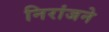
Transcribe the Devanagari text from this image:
निरांजने